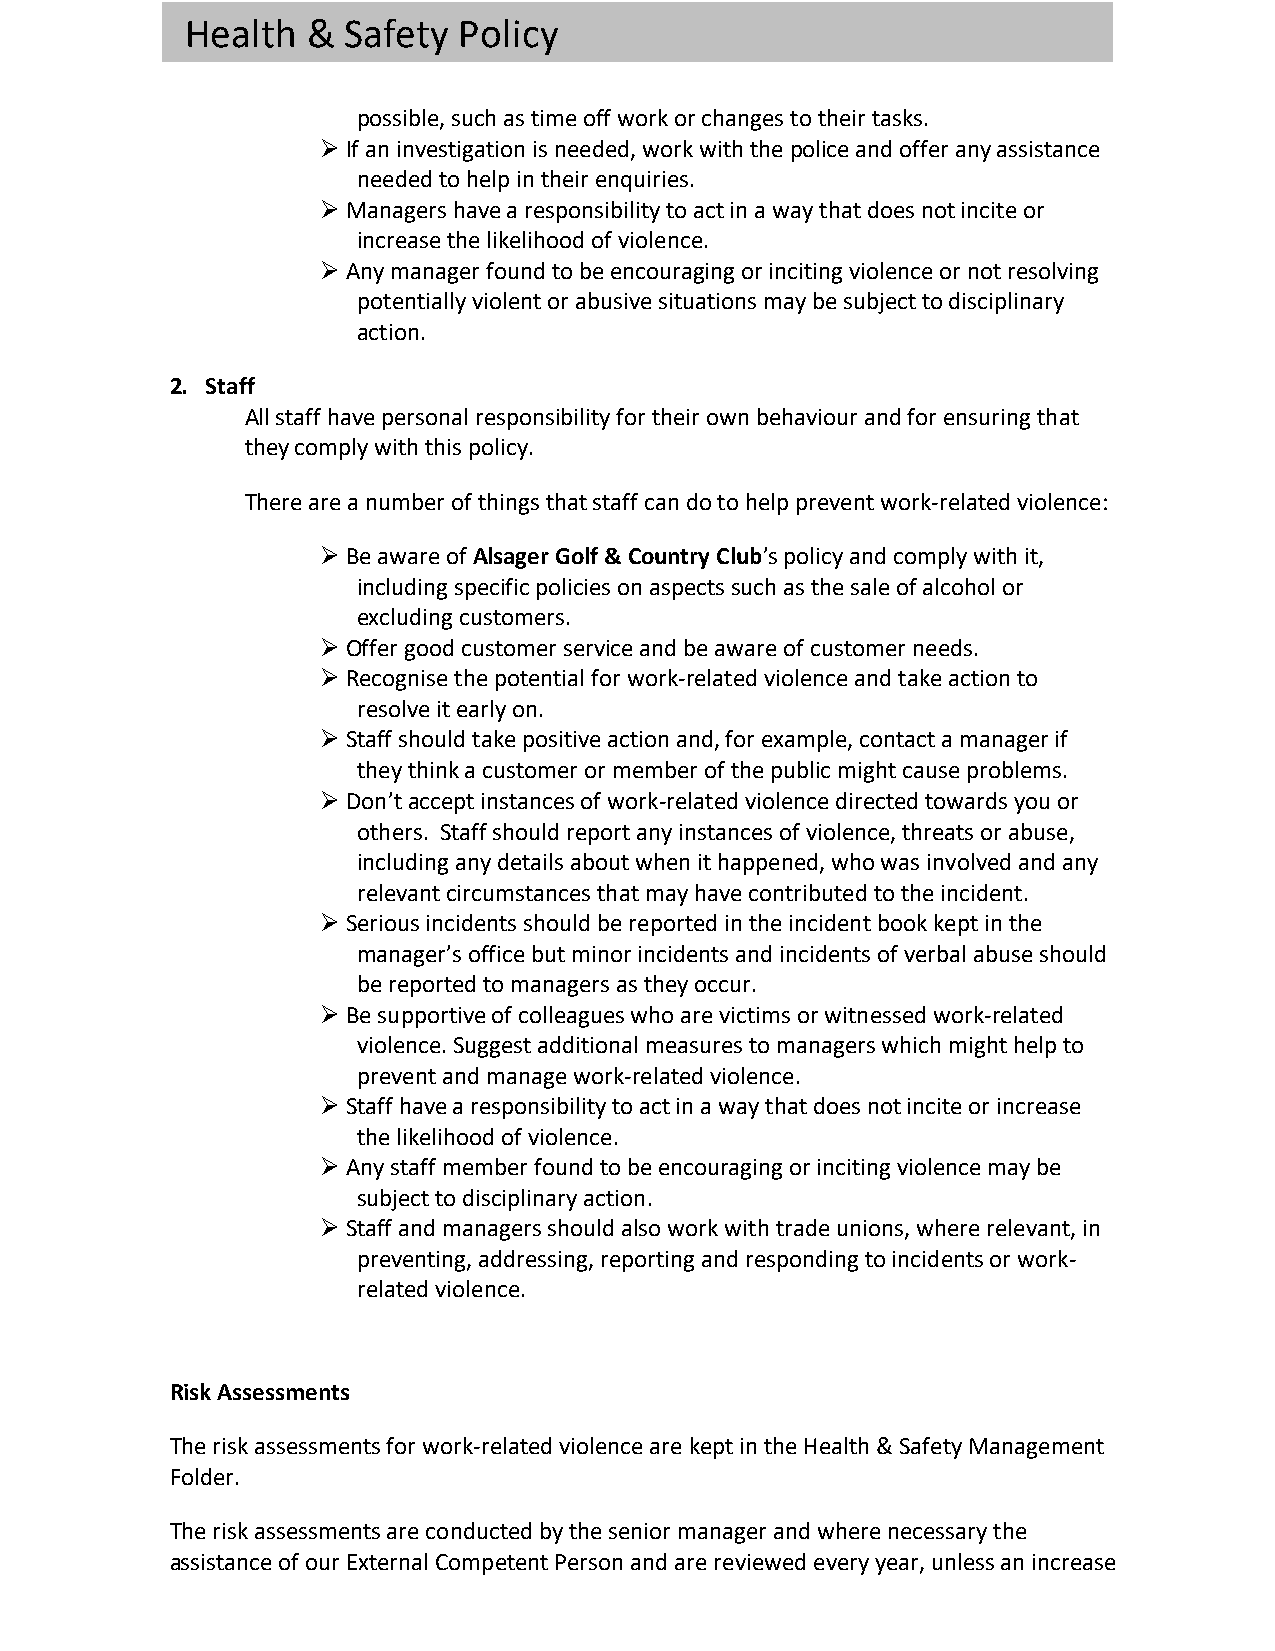
Health  &  Safety Policy
 possible, such as time off work or changes to their tasks.
 Ø If an investigation is needed, work with the police and offer any assistance
 needed to help in their enquiries.
 Ø Managers have a responsibility to act in a way that does not incite or
 increase the likelihood of violence.
 Ø Any manager found to be encouraging or inciting violence or not resolving
 potentially violent or abusive situations may be subject to disciplinary
 action.
 2. Staff
 All staff have personal responsibility for their own behaviour and for ensuring that
 they comply with this policy.
 There are a number of things that staff can do to help prevent work-related violence:
 Ø Be aware of Alsager Golf & Country Club’s policy and comply with it,
 including specific policies on aspects such as the sale of alcohol or
 excluding customers.
 Ø Offer good customer service and be aware of customer needs.
 Ø Recognise the potential for work-related violence and take action to
 resolve it early on.
 Ø Staff should take positive action and, for example, contact a manager if
 they think a customer or member of the public might cause problems.
 Ø Don’t accept instances of work-related violence directed towards you or
 others. Staff should report any instances of violence, threats or abuse,
 including any details about when it happened, who was involved and any
 relevant circumstances that may have contributed to the incident.
 Ø Serious incidents should be reported in the incident book kept in the
 manager’s office but minor incidents and incidents of verbal abuse should
 be reported to managers as they occur.
 Ø Be supportive of colleagues who are victims or witnessed work-related
 violence. Suggest additional measures to managers which might help to
 prevent and manage work-related violence.
 Ø Staff have a responsibility to act in a way that does not incite or increase
 the likelihood of violence.
 Ø Any staff member found to be encouraging or inciting violence may be
 subject to disciplinary action.
 Ø Staff and managers should also work with trade unions, where relevant, in
 preventing, addressing, reporting and responding to incidents or work-
 related violence.
 Risk Assessments
 The risk assessments for work-related violence are kept in the Health & Safety Management
 Folder.
 The risk assessments are conducted by the senior manager and where necessary the
 assistance of our External Competent Person and are reviewed every year, unless an increase